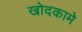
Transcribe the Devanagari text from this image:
खोदकामे